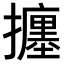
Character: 𢷹